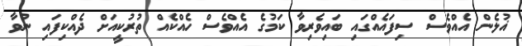
ޣުލެން އެއްވެސް ސިފައެއްގައި ބައިވެރިވާ ކަމުގެ އެއްވެސް ހެއްކެއް ތުރުކީއަށް ދެއްކިފައި ނުވާ